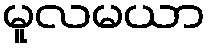
မူလမယာ